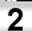
Digit: 2